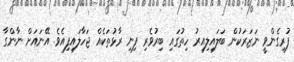
ފުރިގެންވީ ނަޒަރަކުން ބަލައިލިއިރު ހިތުގައި ބިރުވެރި ފިނި ރާޅުތަކެއް ޖަހާލައިފިއެވެ. އޭނައަށް ނާންގާ